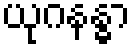
ယုဂနန္ဓာ